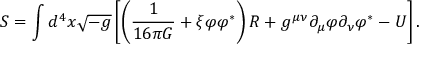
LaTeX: S = \int d ^ { 4 } x \sqrt { - g } \left[ \left( \frac { 1 } { 1 6 \pi G } + \xi \varphi { \varphi } ^ { \ast } \right) R + g ^ { \mu \nu } { \partial } _ { \mu } \varphi { \partial } _ { \nu } { \varphi } ^ { \ast } - U \right] .